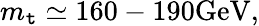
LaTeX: m_{\mathtt{t}}\simeq160-190\mathrm{{GeV}},